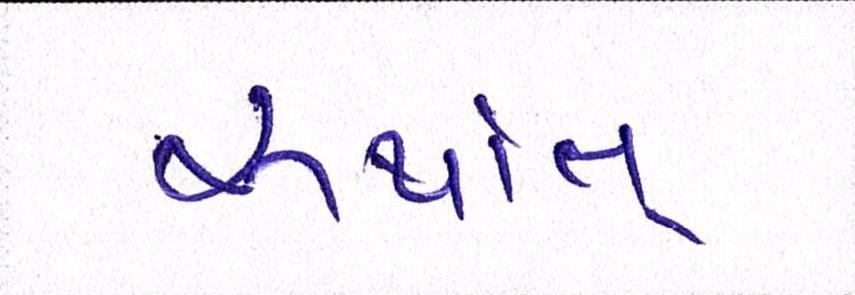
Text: અર્થાત્